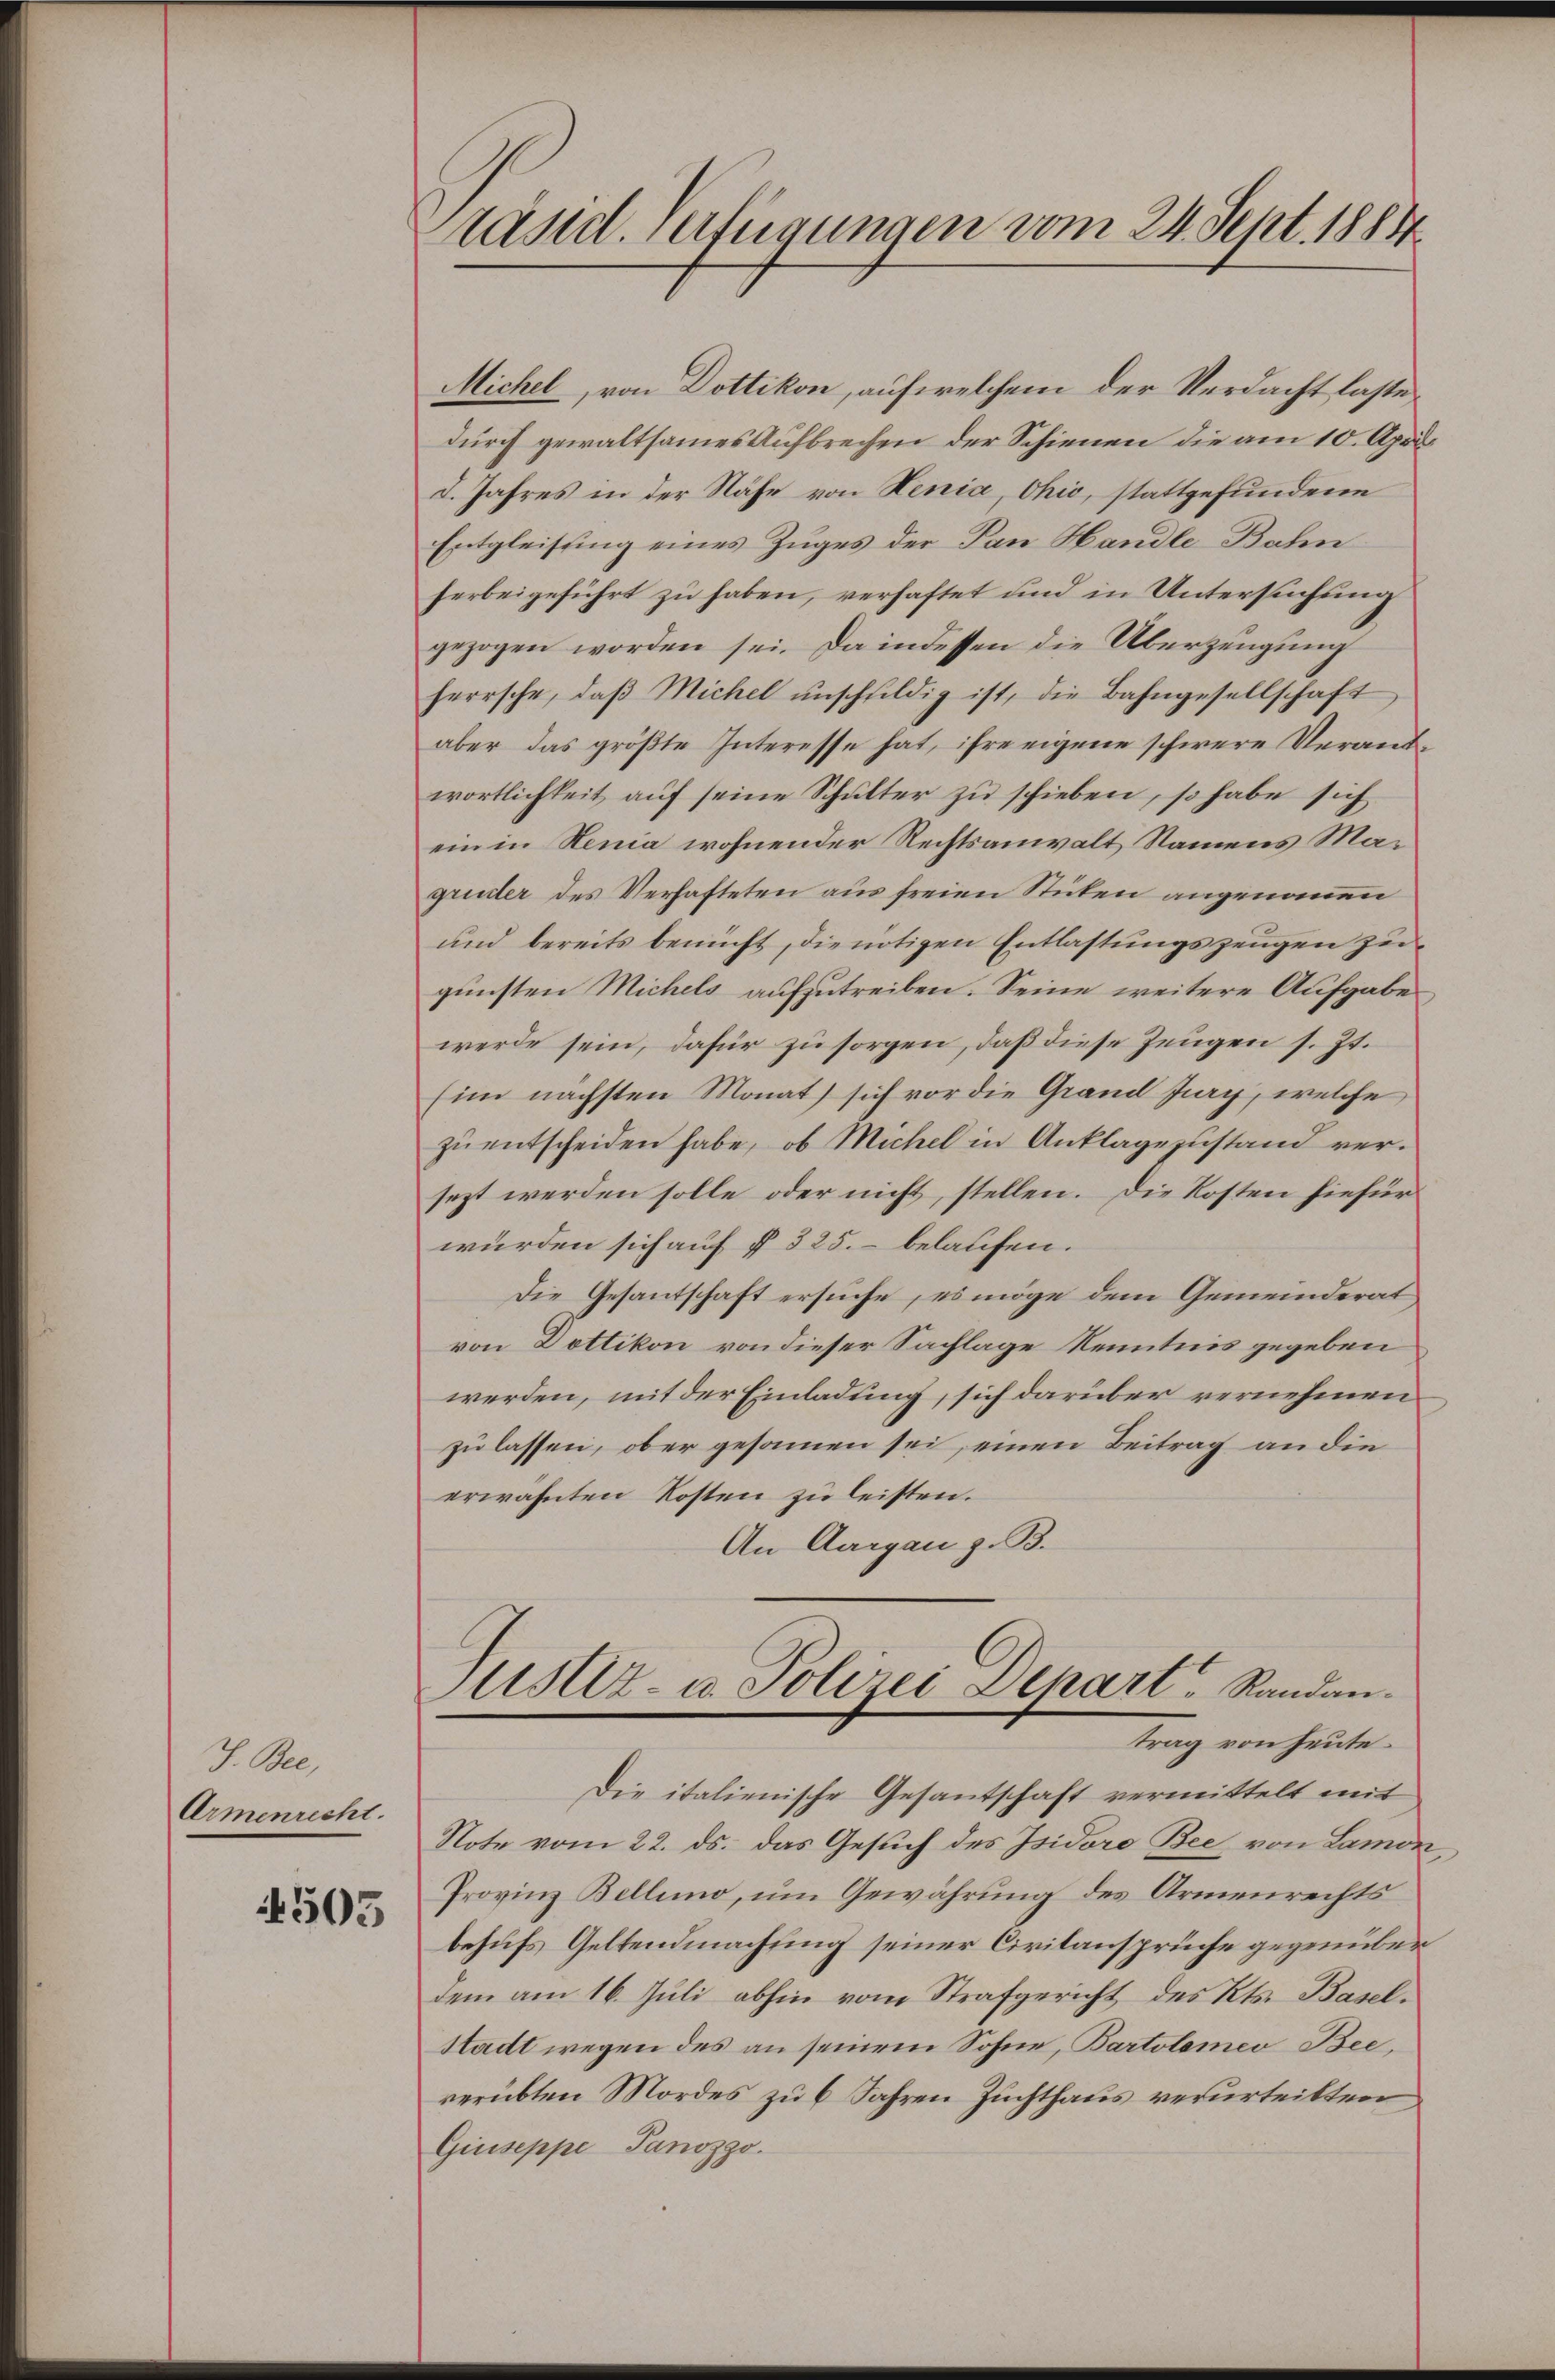
J. Me
Armenrecht.
4505

räsid. Verfügungen vom 24. Sept. 1884

Michel, von Dottikon, auf welchem der Verdacht laste
durch gewaltsames Aufbrechen der Schienen die am 10. Apri
I. Jahres in der Nähe von Senia, Ohio, stattgefundene
Entgleisung eines Zuges der Pan Handle Bahn
herbeigeführt zu haben, verhaftet und in Untersuchung
gezogen worden sei. Da indessen die Überzeugung
herrsche, daβ Michel ŭnschuldig ist, die Bahngesellschaft
aber das größte Interesse hat, ihre eigene schwere Verantwortlichkeit auf seine Schulter zu schieben, so habe sich
ein in Senia wohnender Rechtsanwalt Namens Magruder des Verhafteten aus freien Stücken angenommen
und bereits benücht, die nötigen Entlastungszeugen zu
gunsten Michels aufzutreiben. Seine weitere Aufgabe
werde sein, dafür zu sorgen, daß diese Zeugen s. Zt.
him nächsten Monat sich vor die Grand Jury, welche
zu entscheiden habe, ob Michel in Anklagezustand versezt werden solle oder nicht, stellen. Die Kosten hiefür
würden sich auf § 325. belaufen.
Die Gesantschaft ersuche, es möge dem Gemeinderat
von Dottikon von dieser Sachlage Kenntnis gegeben
werden, mit der Einladung, sich darüber vernehmen
zu lassen, ober gesammen sei, einen Beitrag an die
erwähnten Kosten zu leisten.
An Aargau z. B.

Justiz- u. Polizei Depart Randantrag von heute.

Die italienische Gesantschaft vermittelt mit
Note vom 22. ds. das Gesuch des Isidore Bee, von Lamon,
Provinz Bellino, um Gewährung des Armenrechts
behufs Geltendmachung seiner Civilansprüche gegenüber
dem am 16. Juli abhin vom Strafgericht des Kts. Basel¬
Stadt wegen des an seinem Sohne, Bartolomeo Beeverübten Mordes zu 6 Jahren Zuchthaus verurteilten
Giuseppe Panozzo.